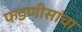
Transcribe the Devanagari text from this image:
फडणीसांचा